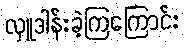
လှူဒါန်းခဲ့ကြကြောင်း